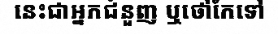
នេះជាអ្នកជំនួញ ឬថៅកែទៅ